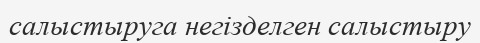
салыстыруга негізделген салыстыру